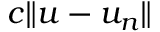
c \| u - u _ { n } \|